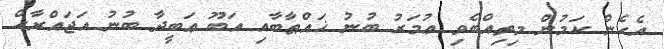
އެހެން ކަމުން މިތިއްބެވި ޢުމަރު ބުނު ޚައްޠާބާއި އަބޫ ޢަބީދާ ބުނު އަޖައްރާޙް